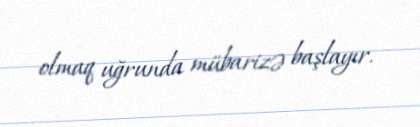
olmaq uğrunda mübarizə başlayır.